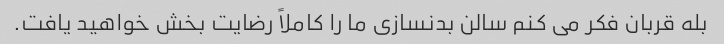
بله قربان فکر می کنم سالن بدنسازی ما را کاملاً رضایت بخش خواهید یافت.